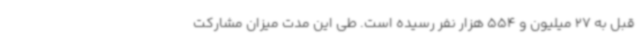
قبل به 27 میلیون و 554 هزار نفر رسیده است. طی این مدت میزان مشارکت